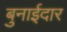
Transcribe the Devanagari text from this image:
बुनाईदार